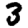
Digit: 3